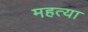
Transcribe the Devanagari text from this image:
महत्या